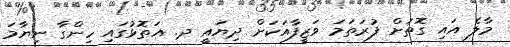
މާލެ އައި ގޮތަށް ފުރަތަމަ ވަޒީފާއަކަށް ދިޔައީ ދ. އަތޮޅުގައި ހިންގާ ނިޔާމަ